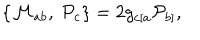
LaTeX: \{ { \cal M } _ { a b } , \ { \cal P } _ { c } \} = 2 g _ { c [ a } { \cal P } _ { b ] } ,